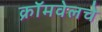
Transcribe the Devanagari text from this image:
क्रॉमवेलचे